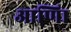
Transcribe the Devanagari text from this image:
आणिा